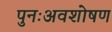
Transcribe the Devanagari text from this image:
पुनःअवशोषण